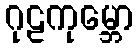
ဂုဠကုမ္ဘော